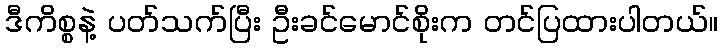
ဒီကိစ္စနဲ့ ပတ်သက်ပြီး ဦးခင်မောင်စိုးက တင်ပြထားပါတယ်။